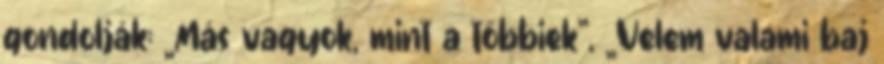
gondolják: „Más vagyok, mint a többiek”, „Velem valami baj